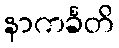
နာကင်္ခတိ